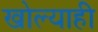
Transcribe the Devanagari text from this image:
खोल्याही